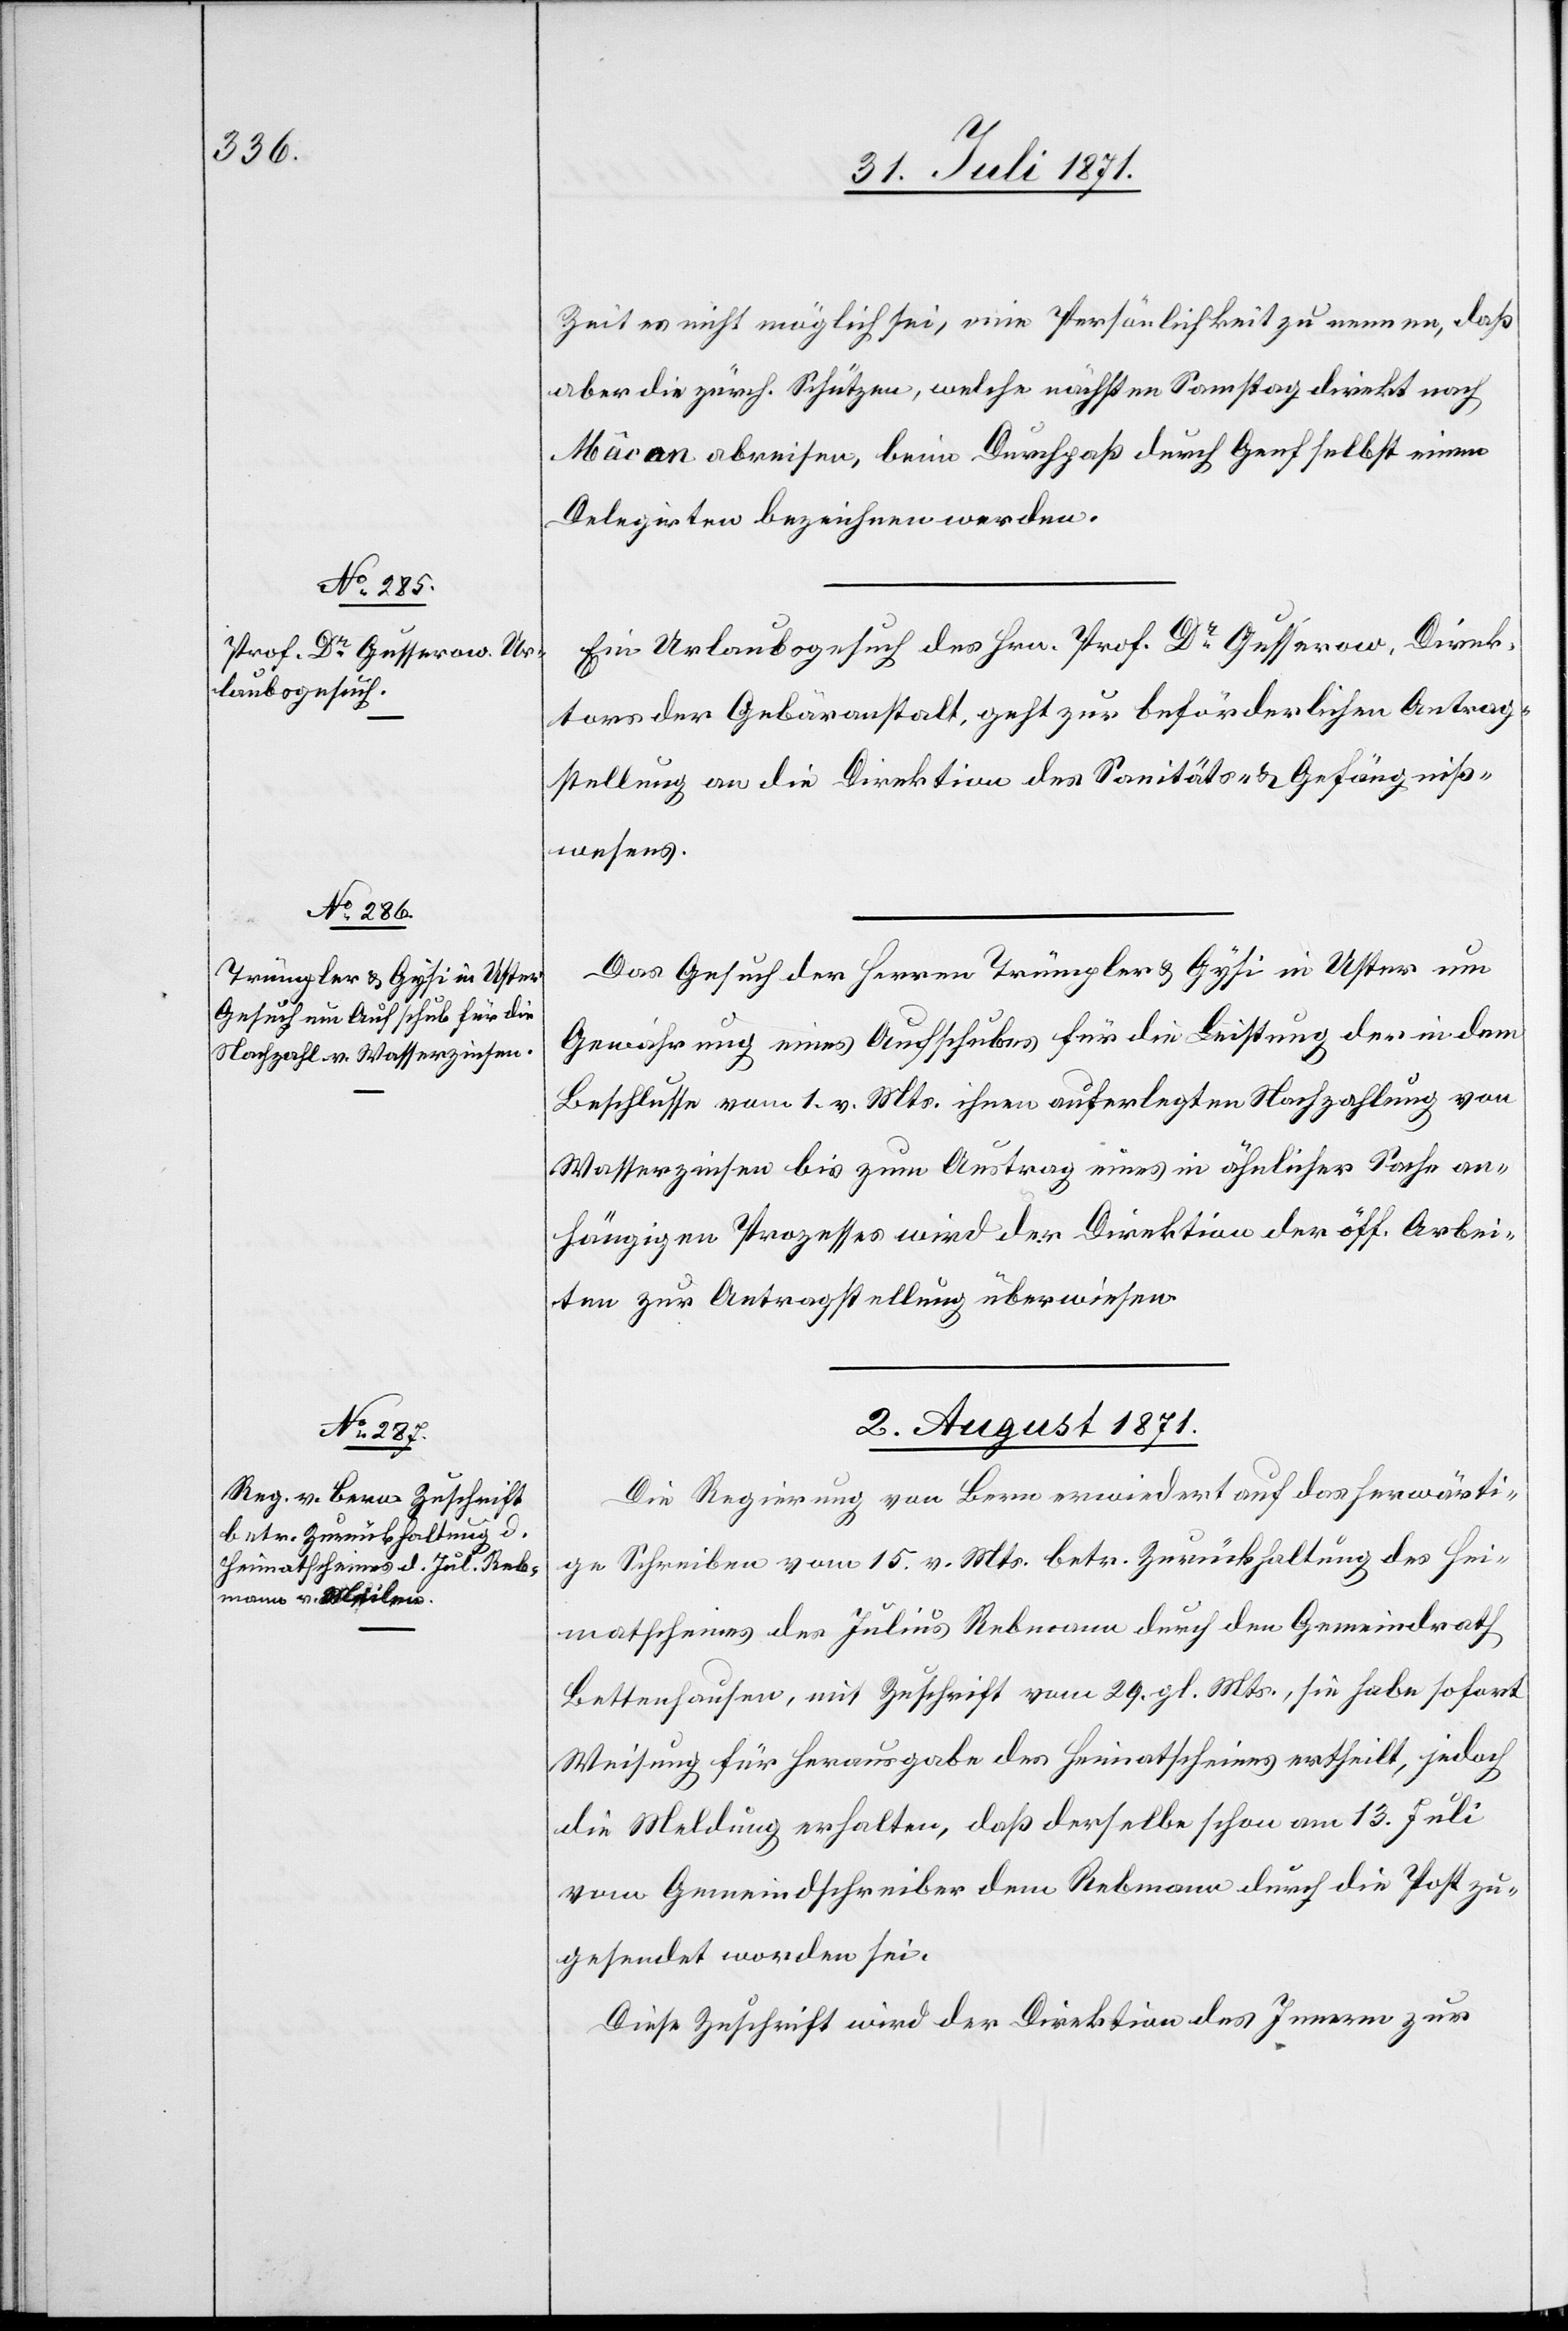
Zeit es nicht möglich sei, eine Persönlichkeit zu nennen, daß
aber die zürch. Schützen, welche nächsten Samstag direkt nach
Mâcon abreisen, beim Durchpaß durch Genf selbst einen
Delegirten bezeichnen werden.
Ein Urlaubsgesuch des Hrn. Prof. Dr. Gusserow, Direk¬
tor der Gebäranstalt, geht zur beförderlichen Antrag¬
stellung an die Direktion des Sanitäts- u. Gefängniß¬
wesens.
Das Gesuch der Herren Trümpler u. Gysi in Uster um
Gewährung eines Aufschubes für die Leistung der in dem
Beschlusse vom 1. v. Mts. ihnen auferlegten Nachzahlung von
Wasserzinsen bis zum Austrag eines in ähnlicher Sache an¬
hängigen Prozesses wird der Direktion der öff. Arbei¬
ten zur Antragstellung überwiesen.
2. August 1871.
Die Regierung von Bern erwiedert auf das herwärti¬
ge Schreiben vom 15. v. Mts. betr. Zurückhaltung des Hei¬
matscheines des Julius Rebmann durch den Gemeindrath
Bettenhausen, mit Zuschrift vom 29. gl. Mts., sie habe sofort
Weisung für Herausgabe des Heimatscheines ertheilt, jedoch
die Meldung erhalten, daß derselbe schon am 13. Juli
vom Gemeindschreiber dem Rebmann durch die Post zu¬
gesendet worden sei.
Diese Zuschrift wird der Direktion des Innern zur